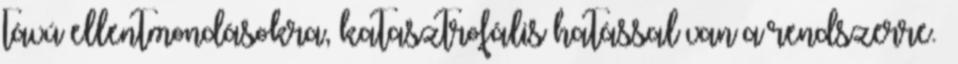
távú ellentmondásokra, katasztrofális hatással van a rendszerre.